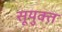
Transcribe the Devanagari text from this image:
सूयुक्त